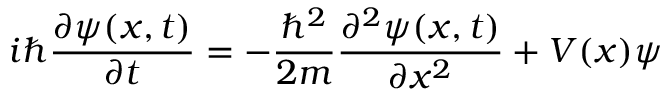
i \hbar { \frac { \partial \psi ( x , t ) } { \partial t } } = - { \frac { \hbar ^ { 2 } } { 2 m } } { \frac { \partial ^ { 2 } \psi ( x , t ) } { \partial x ^ { 2 } } } + V ( x ) \psi